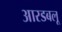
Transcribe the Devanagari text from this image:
आरडबलू